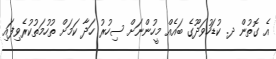
އެ ގޮތުން ދ. ކުޑަހުވަދޫގެ ބައެއް މީހުންނަށް ސިހުރު ހަދާ ކަމަށް ތުހުމަތުކުރެވިފައި